NASA-UAP-D7, Skylab Techincal Crew Debriefing 1973
Page 6
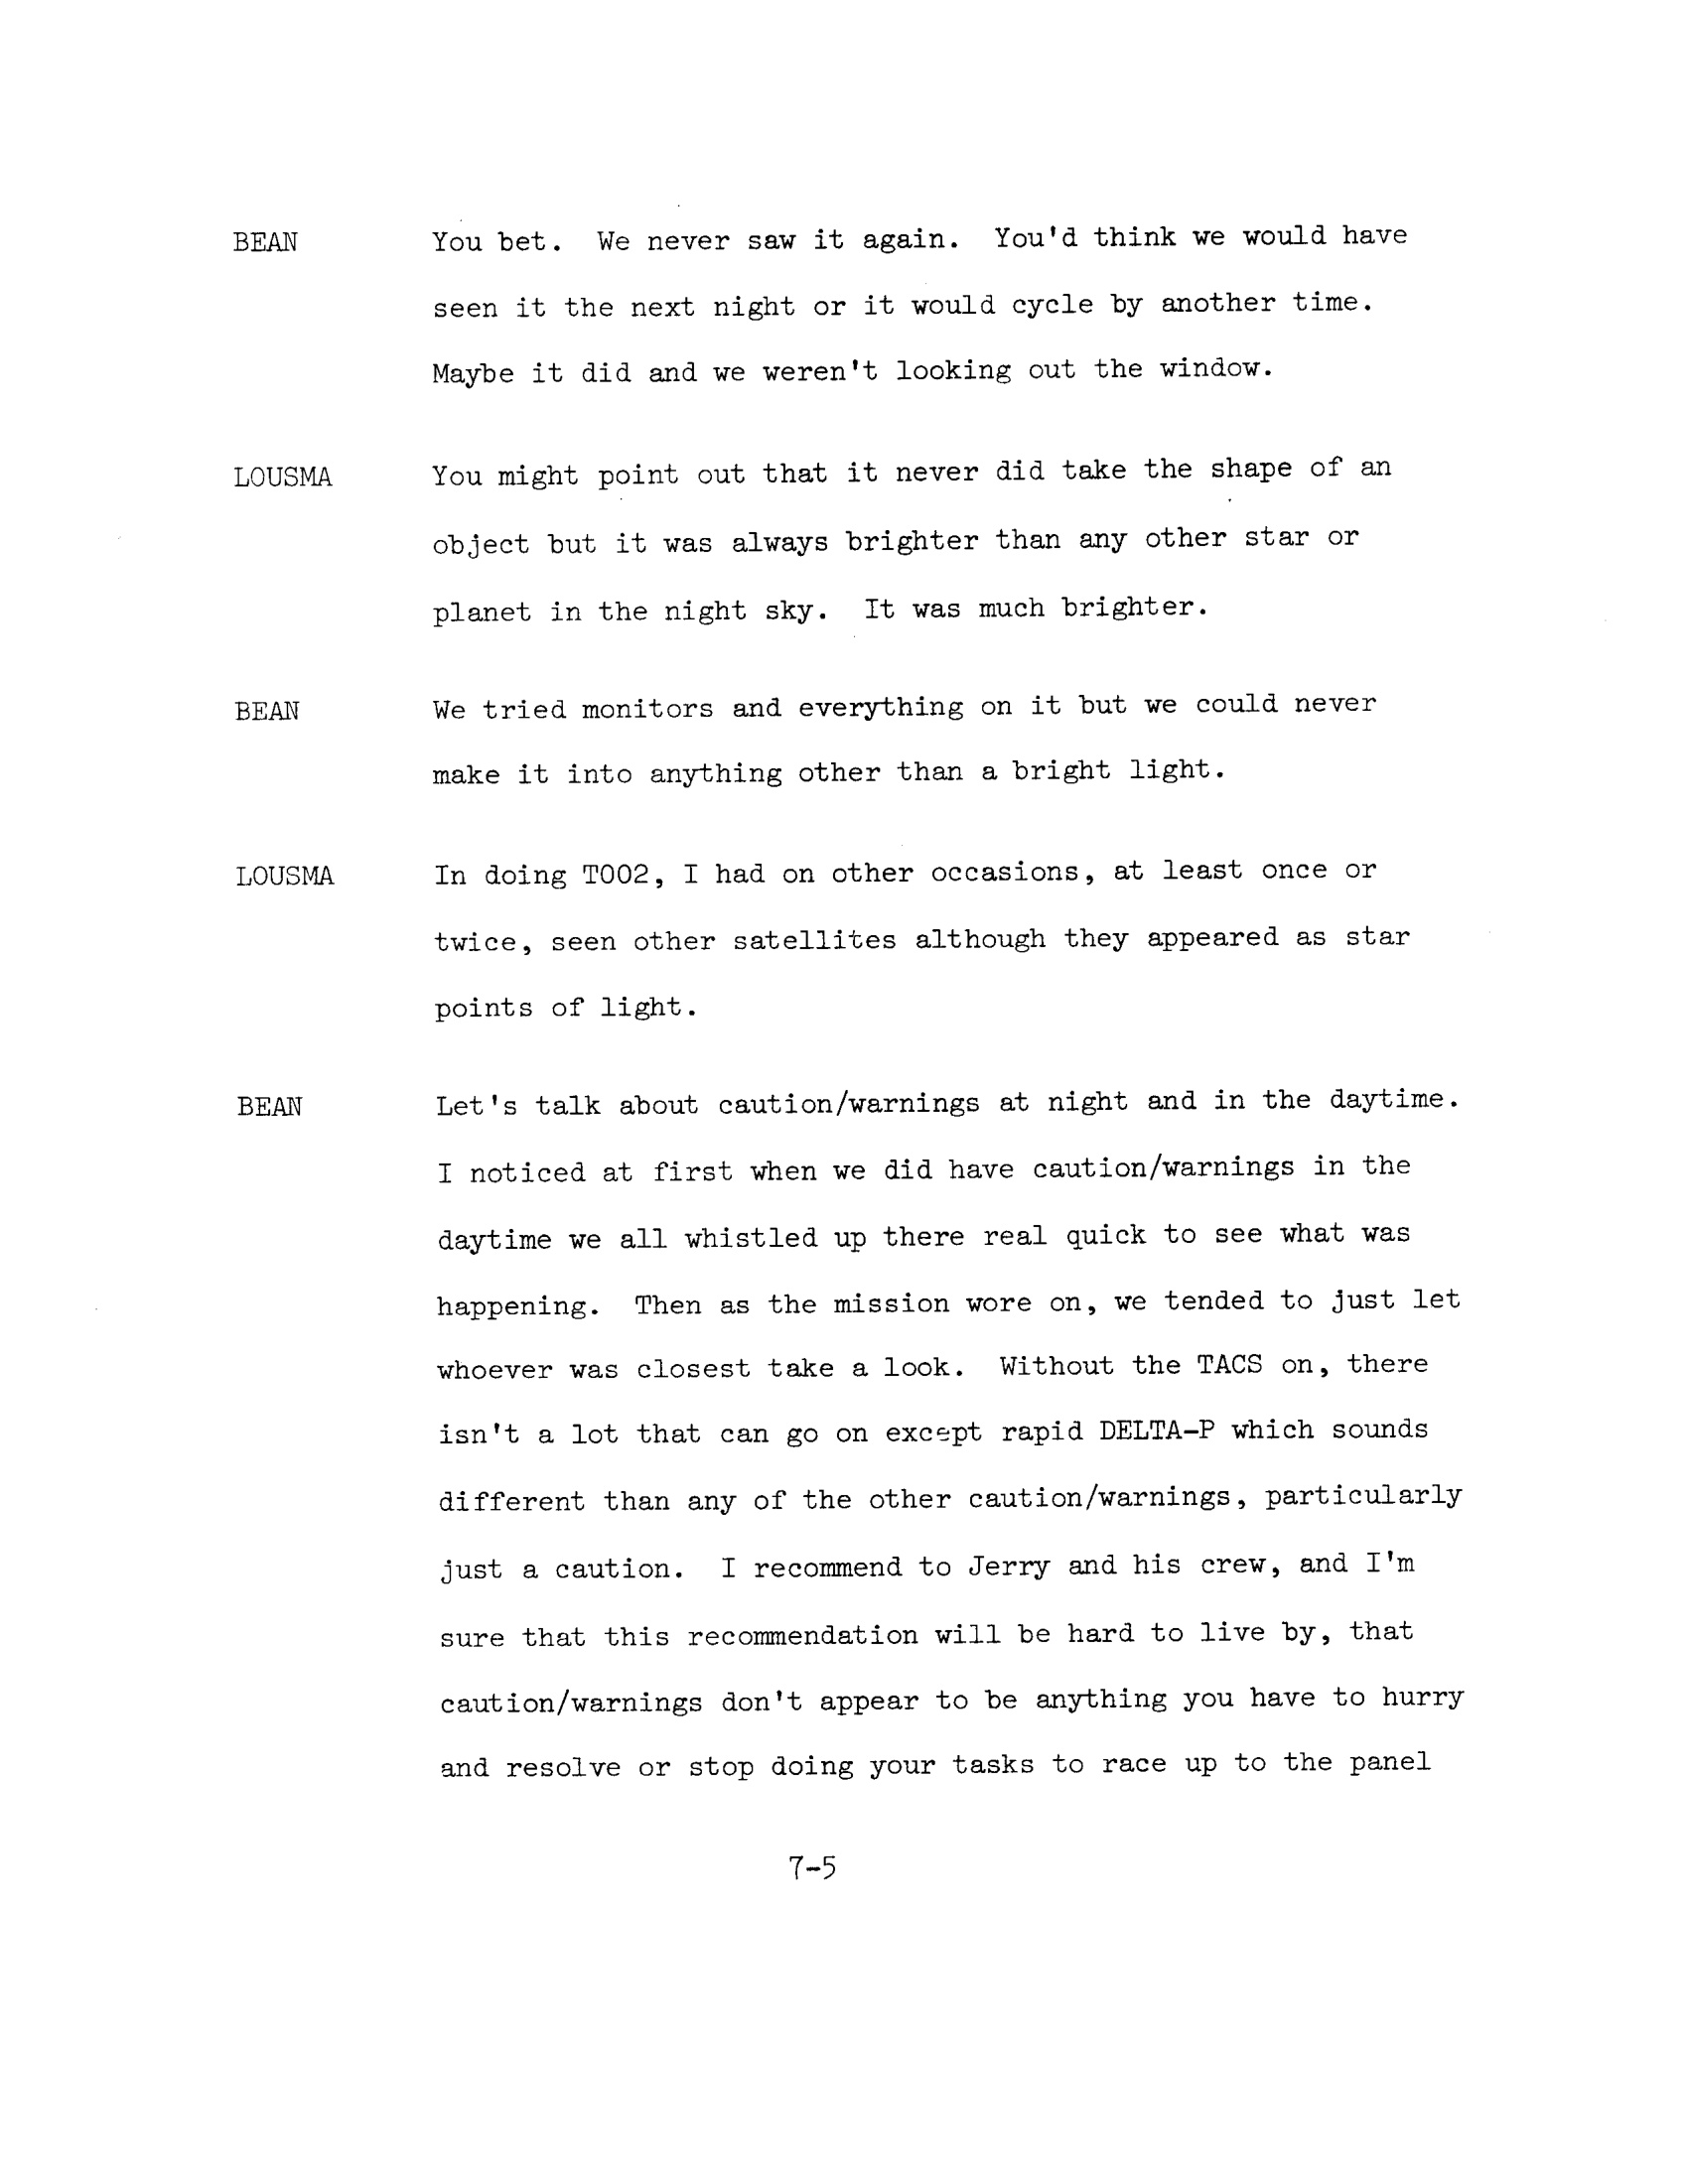